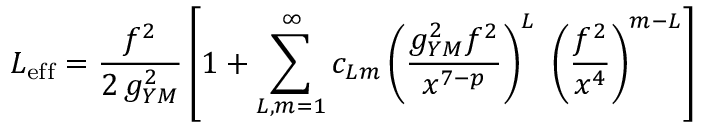
L _ { \mathrm { e f f } } = { \frac { f ^ { 2 } } { 2 \, g _ { Y M } ^ { 2 } } } \left[ 1 + \sum _ { L , m = 1 } ^ { \infty } c _ { L m } \left( { \frac { g _ { Y M } ^ { 2 } f ^ { 2 } } { x ^ { 7 - p } } } \right) ^ { L } ~ \left( { \frac { f ^ { 2 } } { x ^ { 4 } } } \right) ^ { m - L } \right]